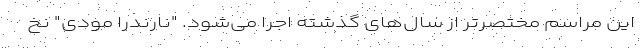
این مراسم مختصرتر از سال‌های گذشته اجرا می‌شود. "نارندرا مودی" نخ